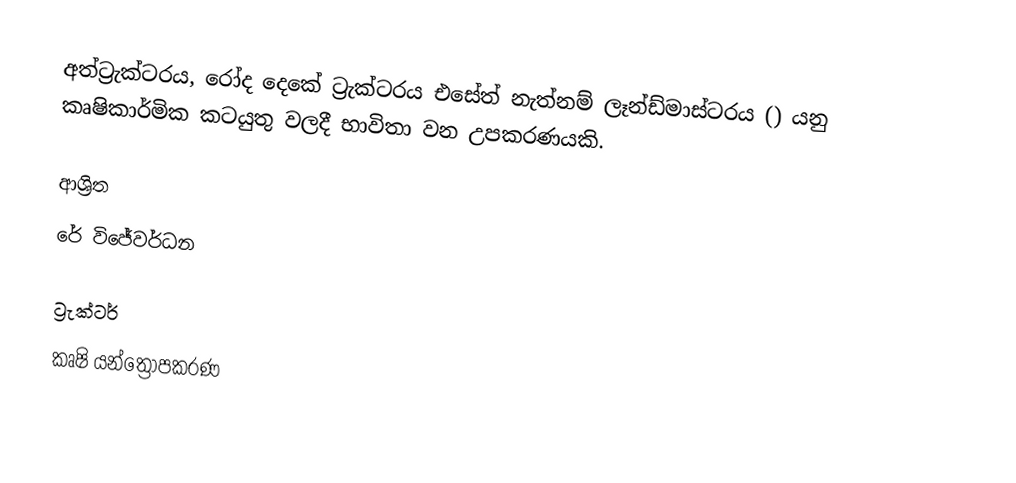
අත්ට්‍රැක්ටරය, රෝද දෙකේ ට්‍රැක්ටරය එසේත් නැත්නම් ලෑන්ඩ්මාස්ටරය () යනු කෘෂිකාර්මික කටයුතු වලදී භාවිතා වන උපකරණයකි.

ආශ්‍රිත
 රේ විජේවර්ධන

ට්‍රැක්ටර්
කෘෂි යන්ත්‍රෝපකරණ